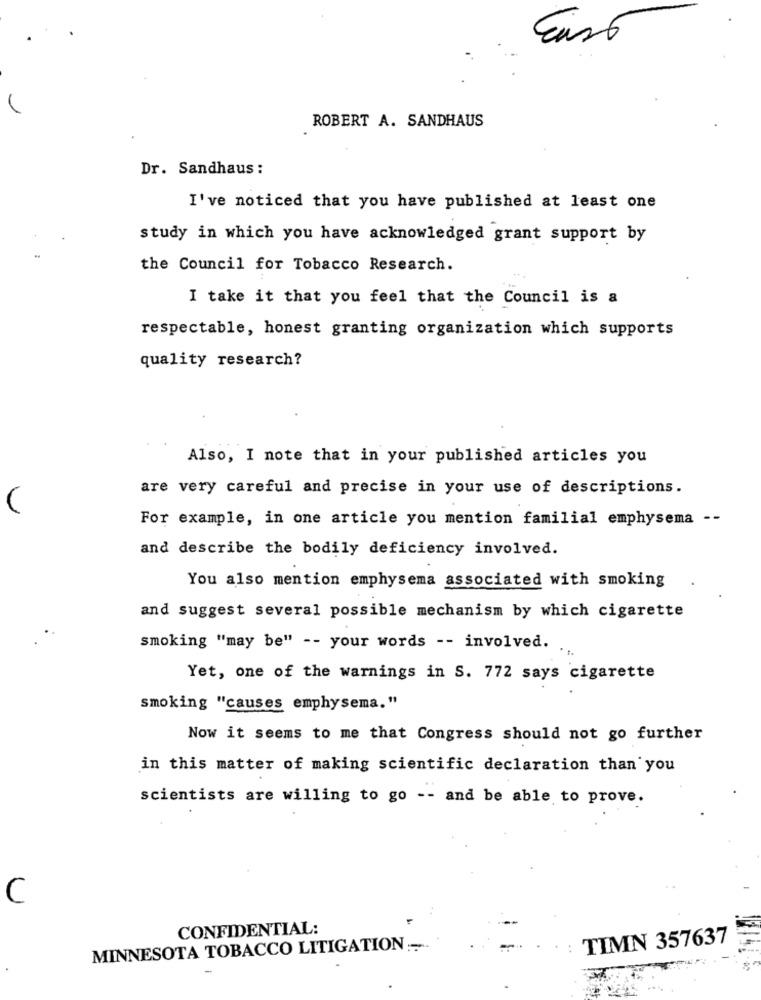
ROBERT A. SANDHAUS
Dr. Sandhaus :
I've noticed that you have published at least one
study in which you have acknowledged grant support by
the Council for Tobacco Research.
I take it that you feel that the Council is a
respectable, honest granting organization which supports
quality research?
Also, I note that in your published articles you
are very careful and precise in your use of descriptions.
(
For example, in one article you mention familial emphysema --
and describe the bodily deficiency involved.
You also mention emphysema associated with smoking
and suggest several possible mechanism by which cigarette
smoking "may be" -- your words -- involved.
Yet, one of the warnings in S. 772 says cigarette
smoking "causes emphysema."
Now it seems to me that Congress should not go further
in this matter of making scientific declaration than you
scientists are willing to go -- and be able to prove.
C
CONFIDENTIAL:
TIMN 357637
MINNESOTA TOBACCO LITIGATION :-.